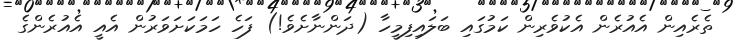
ތެރެއިން އެއުރެން އެކުވެރިން ކަމުގައި ބަލައިފިމީހާ (ދަންނާށެވެ!) ފަހެ ހަމަކަށަވަރުން އެއީ އެއުރެންގެ